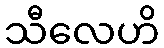
သီလေဟိ